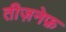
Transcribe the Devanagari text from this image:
तीज़नेफ़